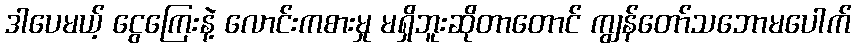
ဒါပေမယ့် ငွေကြေးနဲ့ လောင်းကစားမှု မရှိဘူးဆိုတာတောင် ကျွန်တော်သဘောမပေါက်